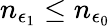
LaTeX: n_{\epsilon_{1}}\leq n_{\epsilon_{0}}